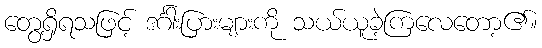
တွေ့ရှိရသဖြင့် ဒင်္ဂါးပြားများကို သယ်ယူခဲ့ကြလေတော့၏။